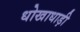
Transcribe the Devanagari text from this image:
धोखाधाड़ी